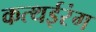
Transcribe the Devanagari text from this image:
कत्थईरंग